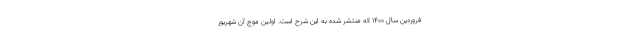
فروردین سال ۱۴۰۰ که منتشر شده به این شرح است. اولین موج آن شهریور